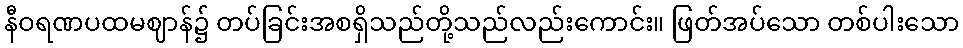
နီဝရဏပထမဈာန်၌ တပ်ခြင်းအစရှိသည်တို့သည်လည်းကောင်း။ ဖြတ်အပ်သော တစ်ပါးသော